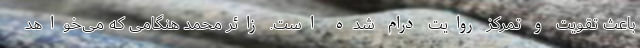
باعث تقویت و تمرکز روایت درام شده است. زائر محمد هنگامی که می‌خواهد